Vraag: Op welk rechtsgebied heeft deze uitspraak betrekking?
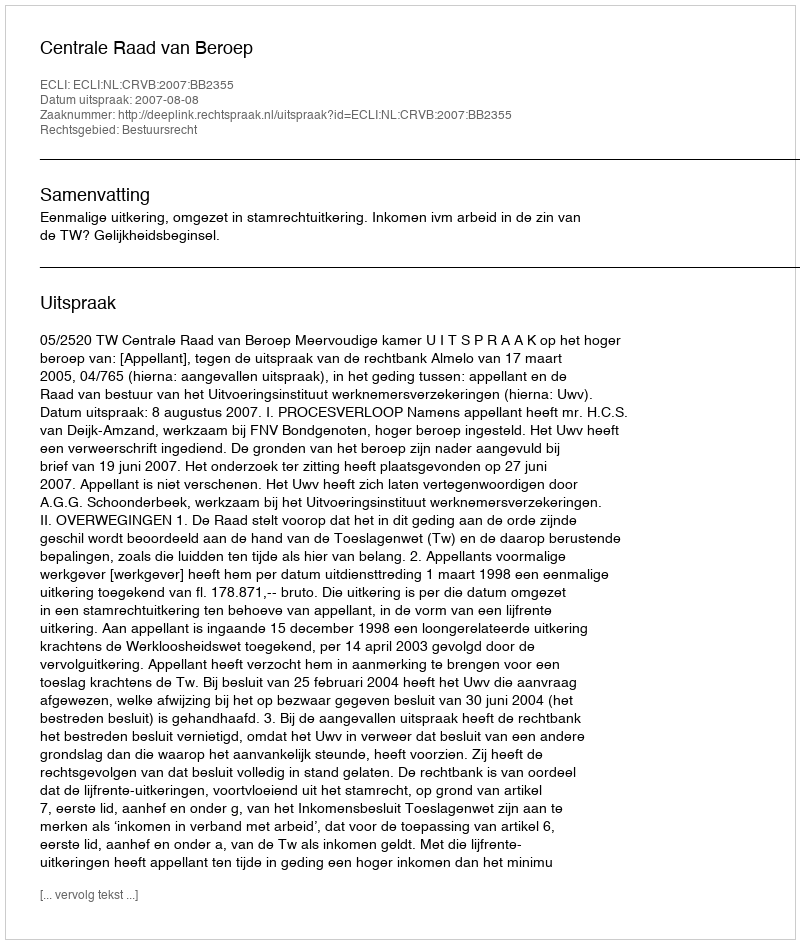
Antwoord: Bestuursrecht